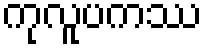
ကုလူပကဿ